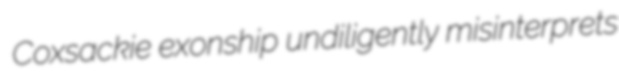
Coxsackie exonship undiligently misinterprets